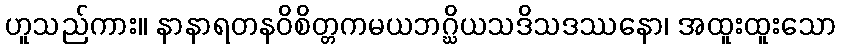
ဟူသည်ကား။ နာနာရတနဝိစိတ္တကမယဘဂ္ဃိယသဒိသဒဿနော၊ အထူးထူးသော